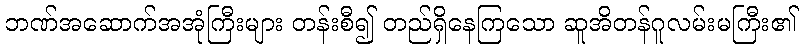
ဘဏ်အဆောက်အအုံကြီးများ တန်းစီ၍ တည်ရှိနေကြသော ဆူအိတန်ဂူလမ်းမကြီး၏